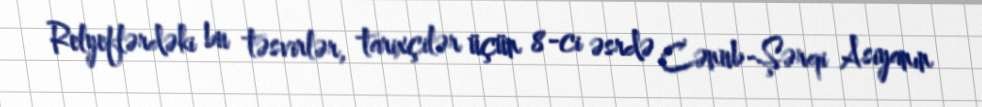
Relyeflərdəki bu təsvirlər, tarixçilər üçün 8-ci əsrdə Cənub-Şərqi Asiyanın